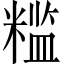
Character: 𬖮